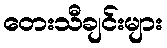
တေးသီချင်းများ